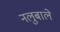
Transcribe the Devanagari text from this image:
नलुबाले